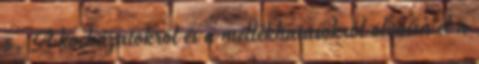
5. A kockázatokról és a mellékhatásokról olvassa el a